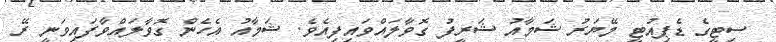
ސިޓީގެ ޑެޕިއުޓީ މޭޔަރު ޝަމާއު ޝަރީފު ގޮވާލައްވައިފިއެވެ. ޝަމާއު އެހެން ގޮވާލައްވާފައިވަނީ ރޭ